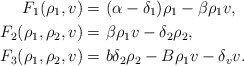
\begin{align*} F_1 (\rho_1, v) = \ & (\alpha-\delta_1) \rho_1 - \beta \rho_1 v, \\ F_2 (\rho_1, \rho_2, v) =\ & \beta \rho_1 v -\delta_2\rho_2, \\ F_3 (\rho_1, \rho_2, v) =\ & b \delta_2 \rho_2 -B \rho_1 v - \delta_v v.\end{align*}